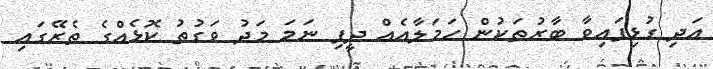
އަދި ގުޅިފައިވާ ބާރުތަކުން ހަމަލާއެއް ދީފި ނަމަ މަދު ވަގުތު ކޮޅެއްގެ ތެރޭގައި